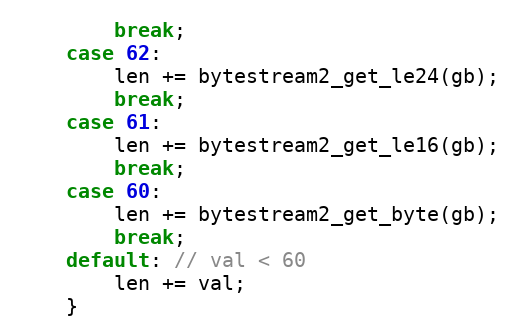
Language: C
        break;
    case 62:
        len += bytestream2_get_le24(gb);
        break;
    case 61:
        len += bytestream2_get_le16(gb);
        break;
    case 60:
        len += bytestream2_get_byte(gb);
        break;
    default: // val < 60
        len += val;
    }